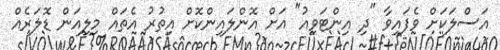
އަސްލަކަށް ވެފައިވާ "ދި އިންޓަވިއު" އަށް އޮންލައިންކޮށް އިތުރު އެތައް މިލިއަން ޑޮލަރެއް